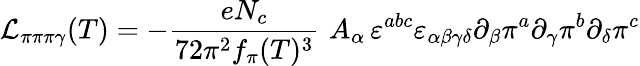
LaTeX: {\cal L}_{\pi\pi\pi\gamma}(T)=-{\frac{eN_{c}}{72\pi^{2}f_{\pi}(T)^{3}}}\, \, A_{\alpha}\, \varepsilon^{abc}\varepsilon_{\alpha\beta\gamma\delta}\partial_{\beta}\pi^{a}\partial_{\gamma}\pi^{b}\partial_{\delta}\pi^{c}